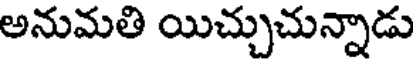
అనుమతి యిచ్చుచున్నాడు